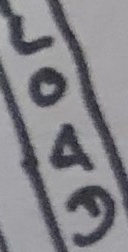
Text: LOAD